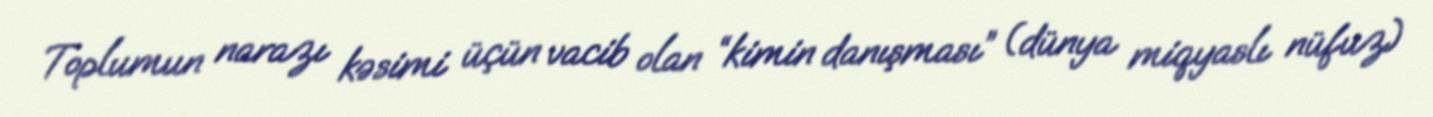
Toplumun narazı kəsimi üçün vacib olan “kimin danışması” (dünya miqyaslı nüfuz)